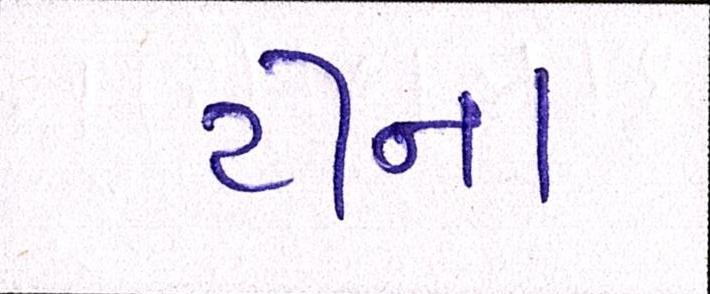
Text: ટીના